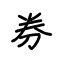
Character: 券